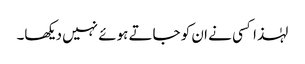
لہٰذا کسی نے ان کو جاتے ہوئے نہیں دیکھا۔